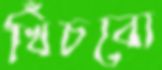
খিঁচবো